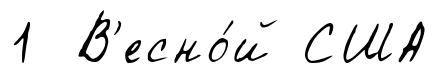
1 В'есно́й США